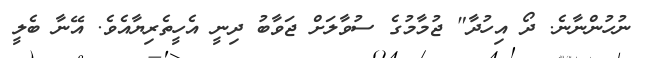
ނުހުންނާނެ. ދޯ އިހުދާ" ޖުމާމުގެ ސުވާލަށް ޖަވާބު ދިނީ އެހީތެރިޔާއެވެ. އޭނާ ބެލީ